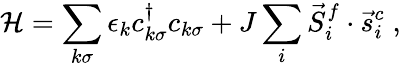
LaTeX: \mathcal{H}=\sum_{k\sigma}\epsilon_{k}c_{k\sigma}^{\dagger}c_{k\sigma}+J\sum_{i}\vec{{S}}_{i}^{f}\cdot\vec{{s}}_{i}^{c}\; ,